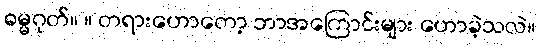
ဓမ္မဂုတ်။ ။ တရားဟောတော့ ဘာအကြောင်းများ ဟောခဲ့သလဲ။